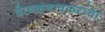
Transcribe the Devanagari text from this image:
देऊळगावकरांचा